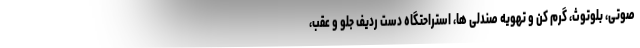
صوتی، بلوتوث، گرم کن و تهویه صندلی ها، استراحتگاه دست ردیف جلو و عقب،